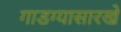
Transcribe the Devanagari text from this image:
गाडग्यासारखे